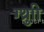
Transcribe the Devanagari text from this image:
ग्थ्रुाी